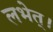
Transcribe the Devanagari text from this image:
लभेत्।